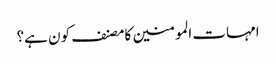
امہات المومنین کا مصنف کون ہے؟